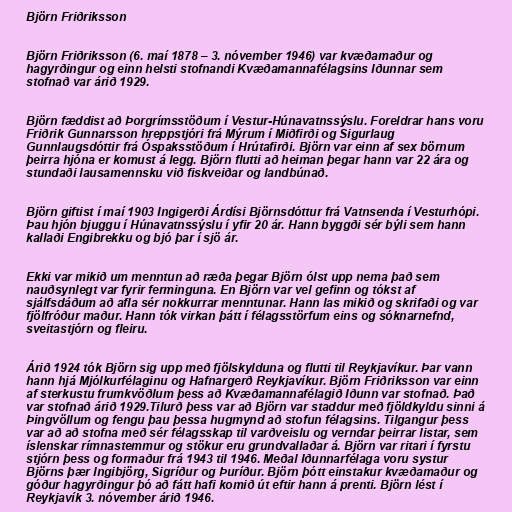
Björn Friðriksson

Björn Friðriksson (6. maí 1878 – 3. nóvember 1946) var kvæðamaður og
hagyrðingur og einn helsti stofnandi Kvæðamannafélagsins Iðunnar sem
stofnað var árið 1929.

Björn fæddist að Þorgrímsstöðum í Vestur-Húnavatnssýslu. Foreldrar hans voru
Friðrik Gunnarsson hreppstjóri frá Mýrum í Miðfirði og Sigurlaug
Gunnlaugsdóttir frá Óspaksstöðum í Hrútafirði. Björn var einn af sex börnum
þeirra hjóna er komust á legg. Björn flutti að heiman þegar hann var 22 ára og
stundaði lausamennsku við fiskveiðar og landbúnað.

Björn giftist í maí 1903 Ingigerði Árdísi Björnsdóttur frá Vatnsenda í Vesturhópi.
Þau hjón bjuggu í Húnavatnssýslu í yfir 20 ár. Hann byggði sér býli sem hann
kallaði Engibrekku og bjó þar í sjö ár.

Ekki var mikið um menntun að ræða þegar Björn ólst upp nema það sem
nauðsynlegt var fyrir ferminguna. En Björn var vel gefinn og tókst af
sjálfsdáðum að afla sér nokkurrar menntunar. Hann las mikið og skrifaði og var
fjölfróður maður. Hann tók virkan þátt í félagsstörfum eins og sóknarnefnd,
sveitastjórn og fleiru.

Árið 1924 tók Björn sig upp með fjölskylduna og flutti til Reykjavíkur. Þar vann
hann hjá Mjólkurfélaginu og Hafnargerð Reykjavíkur. Björn Friðriksson var einn
af sterkustu frumkvöðlum þess að Kvæðamannafélagið Iðunn var stofnað. Það
var stofnað árið 1929.Tilurð þess var að Björn var staddur með fjöldkyldu sinni á
Þingvöllum og fengu þau þessa hugmynd að stofun félagsins. Tilgangur þess
var að að stofna með sér félagsskap til varðveislu og verndar þeirrar listar, sem
íslenskar rímnastemmur og stökur eru grundvallaðar á. Björn var ritari í fyrstu
stjórn þess og formaður frá 1943 til 1946. Meðal Iðunnarfélaga voru systur
Björns þær Ingibjörg, Sigríður og Þuríður. Björn þótt einstakur kvæðamaður og
góður hagyrðingur þó að fátt hafi komið út eftir hann á prenti. Björn lést í
Reykjavík 3. nóvember árið 1946.